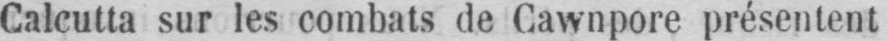
Calcutta sur les combats de Cawnpore présentent